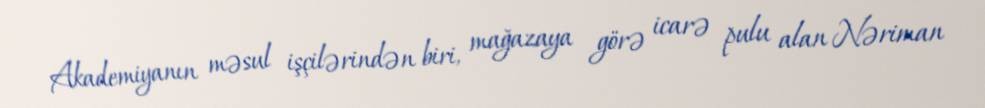
Akademiyanın məsul işçilərindən biri, mağazaya görə icarə pulu alan Nəriman